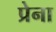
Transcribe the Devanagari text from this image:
प्रेना